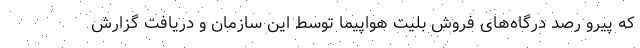
که پیرو رصد درگاه‌های فروش بلیت هواپیما توسط این سازمان و دریافت گزارش